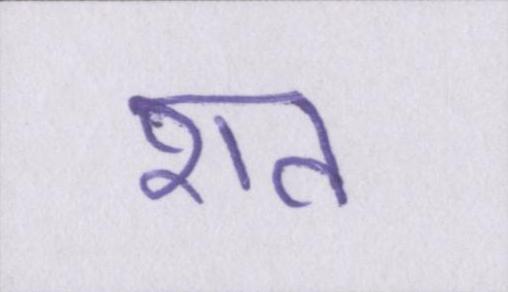
शत